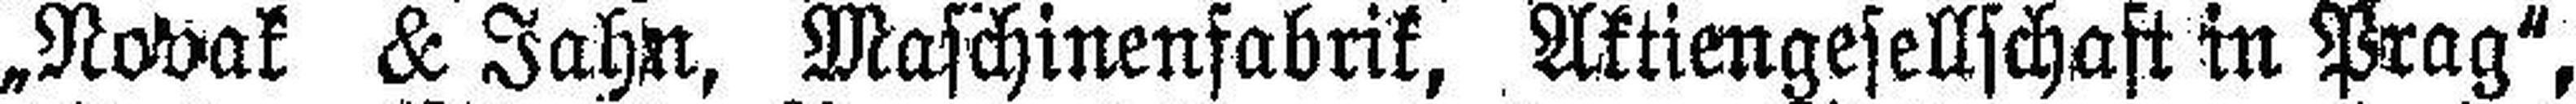
„Novak & Jahn, Maschinenfabrik, Aktiengesellschaft in Prag“,